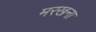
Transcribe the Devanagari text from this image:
मरखना